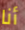
أنا